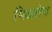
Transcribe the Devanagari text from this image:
मिळतेय